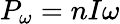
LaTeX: P_{\omega}=nI\omega